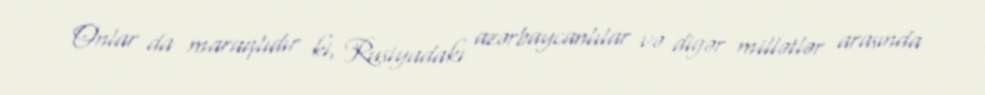
Onlar da maraqlıdır ki, Rusiyadakı azərbaycanlılar və digər millətlər arasında